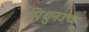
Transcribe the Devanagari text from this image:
मिथुनउच्च